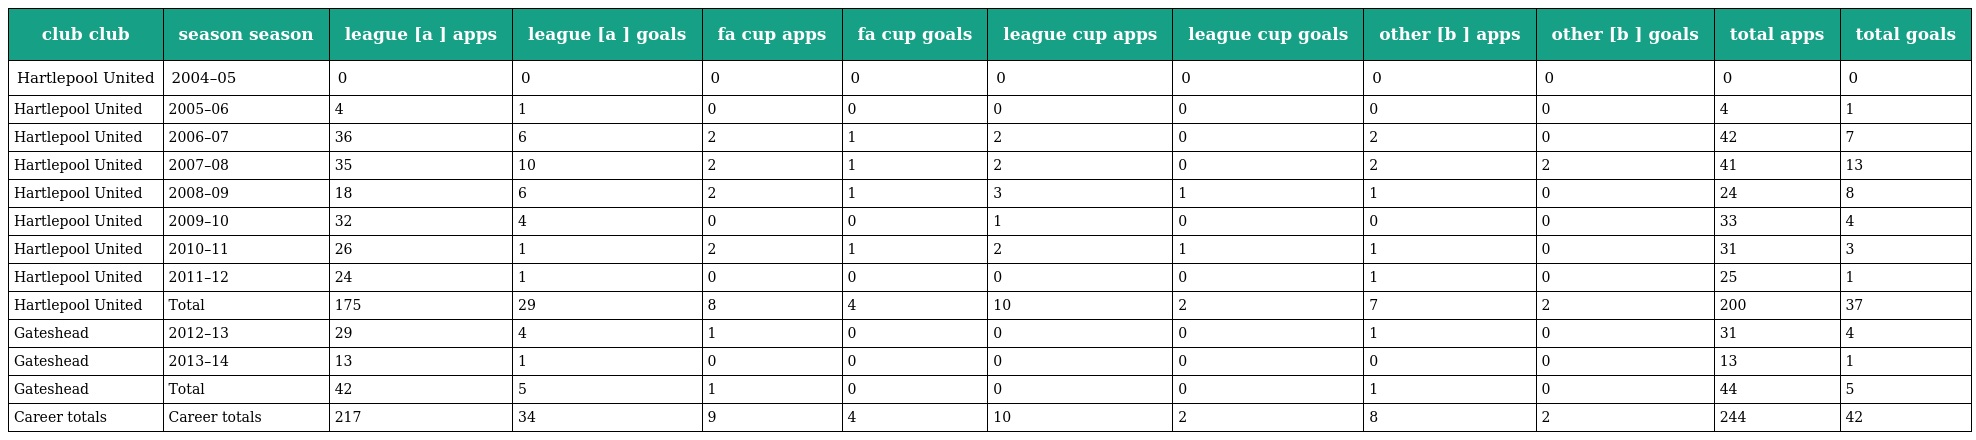
| club club | season season | league [a ] apps | league [a ] goals | fa cup apps | fa cup goals | league cup apps | league cup goals | other [b ] apps | other [b ] goals | total apps | total goals |
 | --- | --- | --- | --- | --- | --- | --- | --- | --- | --- | --- | --- |
 | Hartlepool United | 2004–05 | 0 | 0 | 0 | 0 | 0 | 0 | 0 | 0 | 0 | 0 |
 | Hartlepool United | 2005–06 | 4 | 1 | 0 | 0 | 0 | 0 | 0 | 0 | 4 | 1 |
 | Hartlepool United | 2006–07 | 36 | 6 | 2 | 1 | 2 | 0 | 2 | 0 | 42 | 7 |
 | Hartlepool United | 2007–08 | 35 | 10 | 2 | 1 | 2 | 0 | 2 | 2 | 41 | 13 |
 | Hartlepool United | 2008–09 | 18 | 6 | 2 | 1 | 3 | 1 | 1 | 0 | 24 | 8 |
 | Hartlepool United | 2009–10 | 32 | 4 | 0 | 0 | 1 | 0 | 0 | 0 | 33 | 4 |
 | Hartlepool United | 2010–11 | 26 | 1 | 2 | 1 | 2 | 1 | 1 | 0 | 31 | 3 |
 | Hartlepool United | 2011–12 | 24 | 1 | 0 | 0 | 0 | 0 | 1 | 0 | 25 | 1 |
 | Hartlepool United | Total | 175 | 29 | 8 | 4 | 10 | 2 | 7 | 2 | 200 | 37 |
 | Gateshead | 2012–13 | 29 | 4 | 1 | 0 | 0 | 0 | 1 | 0 | 31 | 4 |
 | Gateshead | 2013–14 | 13 | 1 | 0 | 0 | 0 | 0 | 0 | 0 | 13 | 1 |
 | Gateshead | Total | 42 | 5 | 1 | 0 | 0 | 0 | 1 | 0 | 44 | 5 |
 | Career totals | Career totals | 217 | 34 | 9 | 4 | 10 | 2 | 8 | 2 | 244 | 42 |